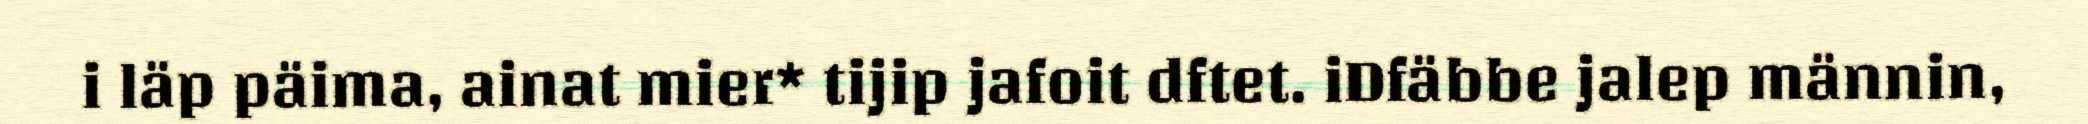
i läp päima, ainat mier* tijip jafoit dftet. iDfäbbe jalep männin,